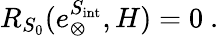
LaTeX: R_{S_{0}}(e_{\otimes}^{S_{\mathrm{int}}},H)=0\ .